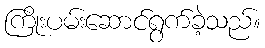
ကြိုးပမ်းဆောင်ရွက်ခဲ့သည်။